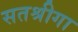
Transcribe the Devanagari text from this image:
सतश्रीगा